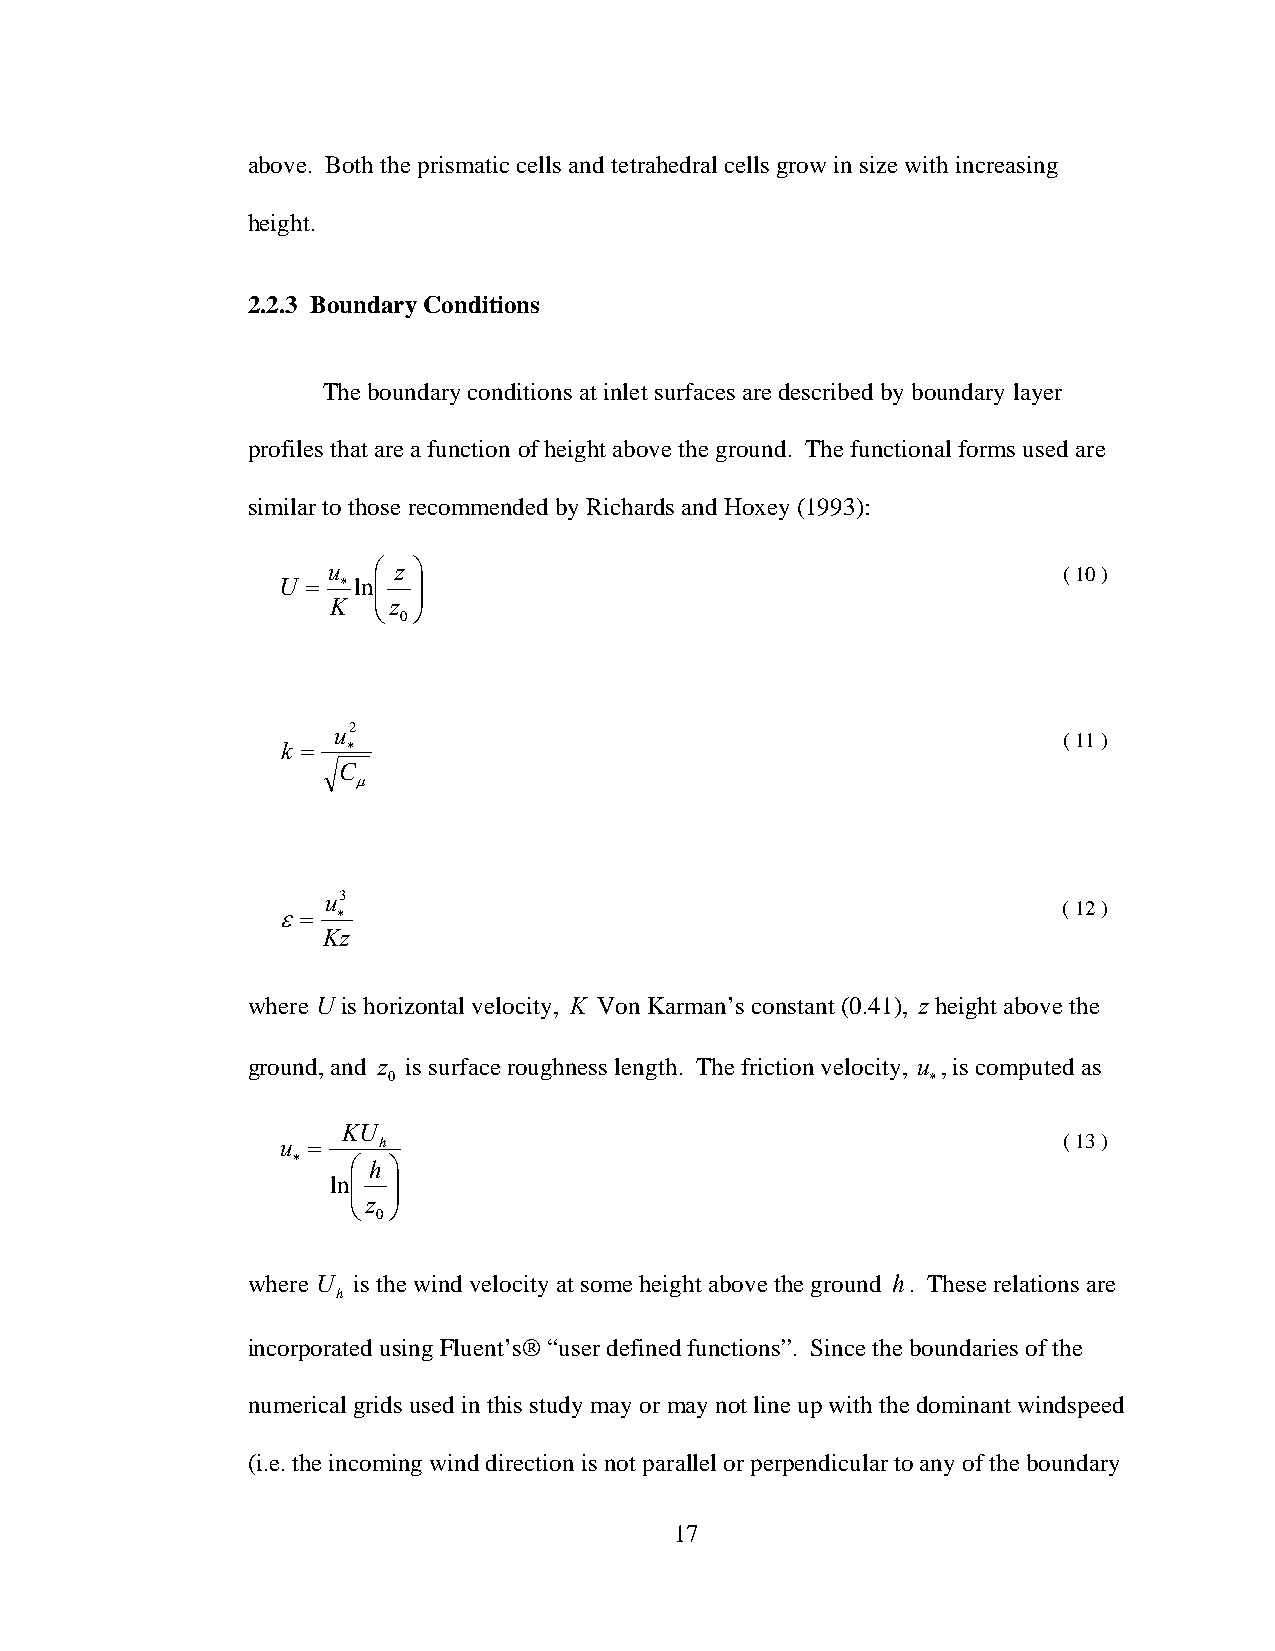
above. Both the prismatic cells and tetrahedral cells grow in size with increasing
 height.
 2.2.3 Boundary Conditions
 The boundary conditions at inlet surfaces are described by boundary layer
 profiles that are a function of height above the ground. The functional forms used are
 similar to those recommended by Richards and Hoxey (1993):
 u  ⎛ z ⎞                                        ( 10 )
 U =  ∗ ln⎜ ⎟
 ⎜ ⎟
 K  ⎝z
 ⎠
 0
 u2
 ( 11 )
 k = ∗
 C
 μ
 u3
 ( 12 )
 ε=  ∗
 Kz
 where U is horizontal velocity, K Von Karman’s constant (0.41), zheight above the
 ground, and z is surface roughness length. The friction velocity, u , is computed as
 0                                   ∗
 KU
 u =   h                                            ( 13 )
 ∗   ⎛ h ⎞
 ln⎜ ⎟
 ⎜  ⎟
 z
 ⎝  ⎠
 0
 where U is the wind velocity at some height above the ground h. These relations are
 h
 incorporated using Fluent’s® “user defined functions”. Since the boundaries of the
 numerical grids used in this study may or may not line up with the dominant windspeed
 (i.e. the incoming wind direction is not parallel or perpendicular to any of the boundary
 17